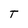
Character: T